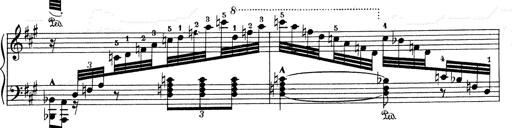
Title: Mephisto Waltz No.1
Composer: Franz Liszt